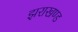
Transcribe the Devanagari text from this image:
झराखण्ड